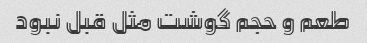
طعم و حجم گوشت مثل قبل نبود